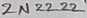
Text: 2N2222